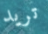
تريد